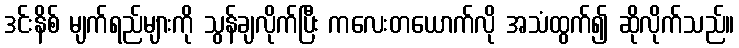
ဒင်းနိစ် မျက်ရည်များကို သွန်ချလိုက်ပြီး ကလေးတယောက်လို အသံထွက်၍ ဆိုလိုက်သည်။